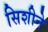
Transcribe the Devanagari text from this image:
सिशीने